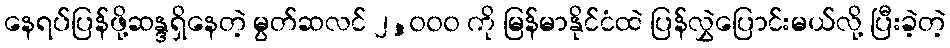
နေရပ်ပြန်ဖို့ဆန္ဒရှိနေတဲ့ မွတ်ဆလင် ၂,၀၀၀ ကို မြန်မာနိုင်ငံထဲ ပြန်လွှဲပြောင်းမယ်လို့ ပြီးခဲ့တဲ့